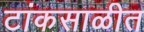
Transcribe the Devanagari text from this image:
टांकसाळीत